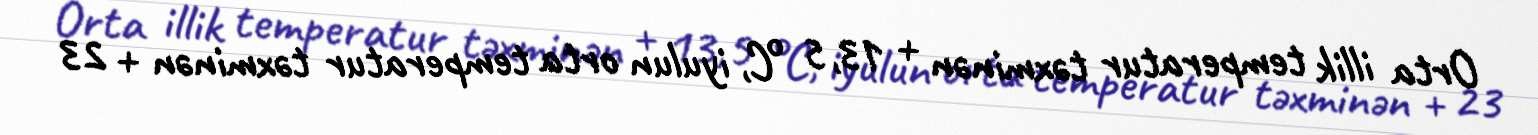
Orta illik temperatur təxminən + 13,5 °C, iyulun orta temperatur təxminən + 23